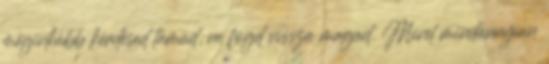
méginkább kérdésed támad, ne fogd vissza magad. Mivel mindannyian